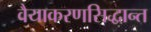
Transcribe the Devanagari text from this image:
वैयाकरणसिद्धान्त